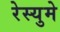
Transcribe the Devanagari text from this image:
रेस्युमे